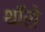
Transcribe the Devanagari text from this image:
थॉरो